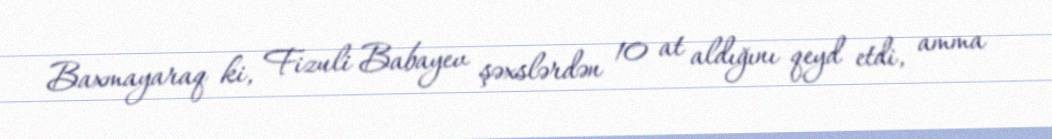
Baxmayaraq ki, Fizuli Babayev şəxslərdən 10 at aldığını qeyd etdi, amma